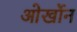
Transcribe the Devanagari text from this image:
ओर्खोन